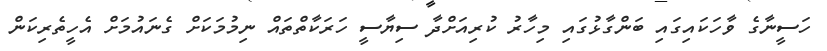
ހަސީނާގެ ވާހަކައިގައި ބަންގާޅުގައި މިހާރު ކުރިއަށްދާ ސިޔާސީ ހަރަކާތްތައް ނިމުމަކަށް ގެނައުމަށް އެހީތެރިކަން